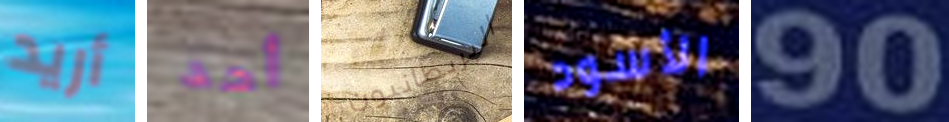
أريد أحد البريطانيون الأسود 90